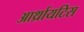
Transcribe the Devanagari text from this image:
आर्थ्रायटिस